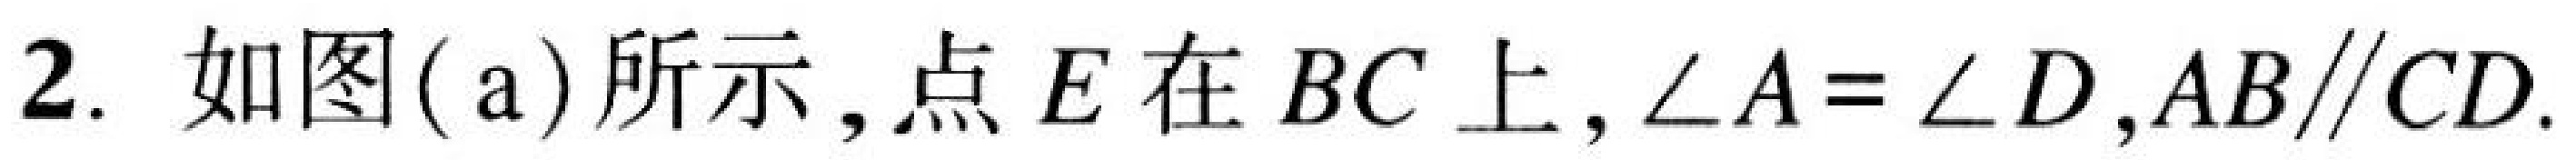
2. 如图( a)所示，点$E$在$BC$上，$\angle A=\angle D$，$AB\parallel CD$.